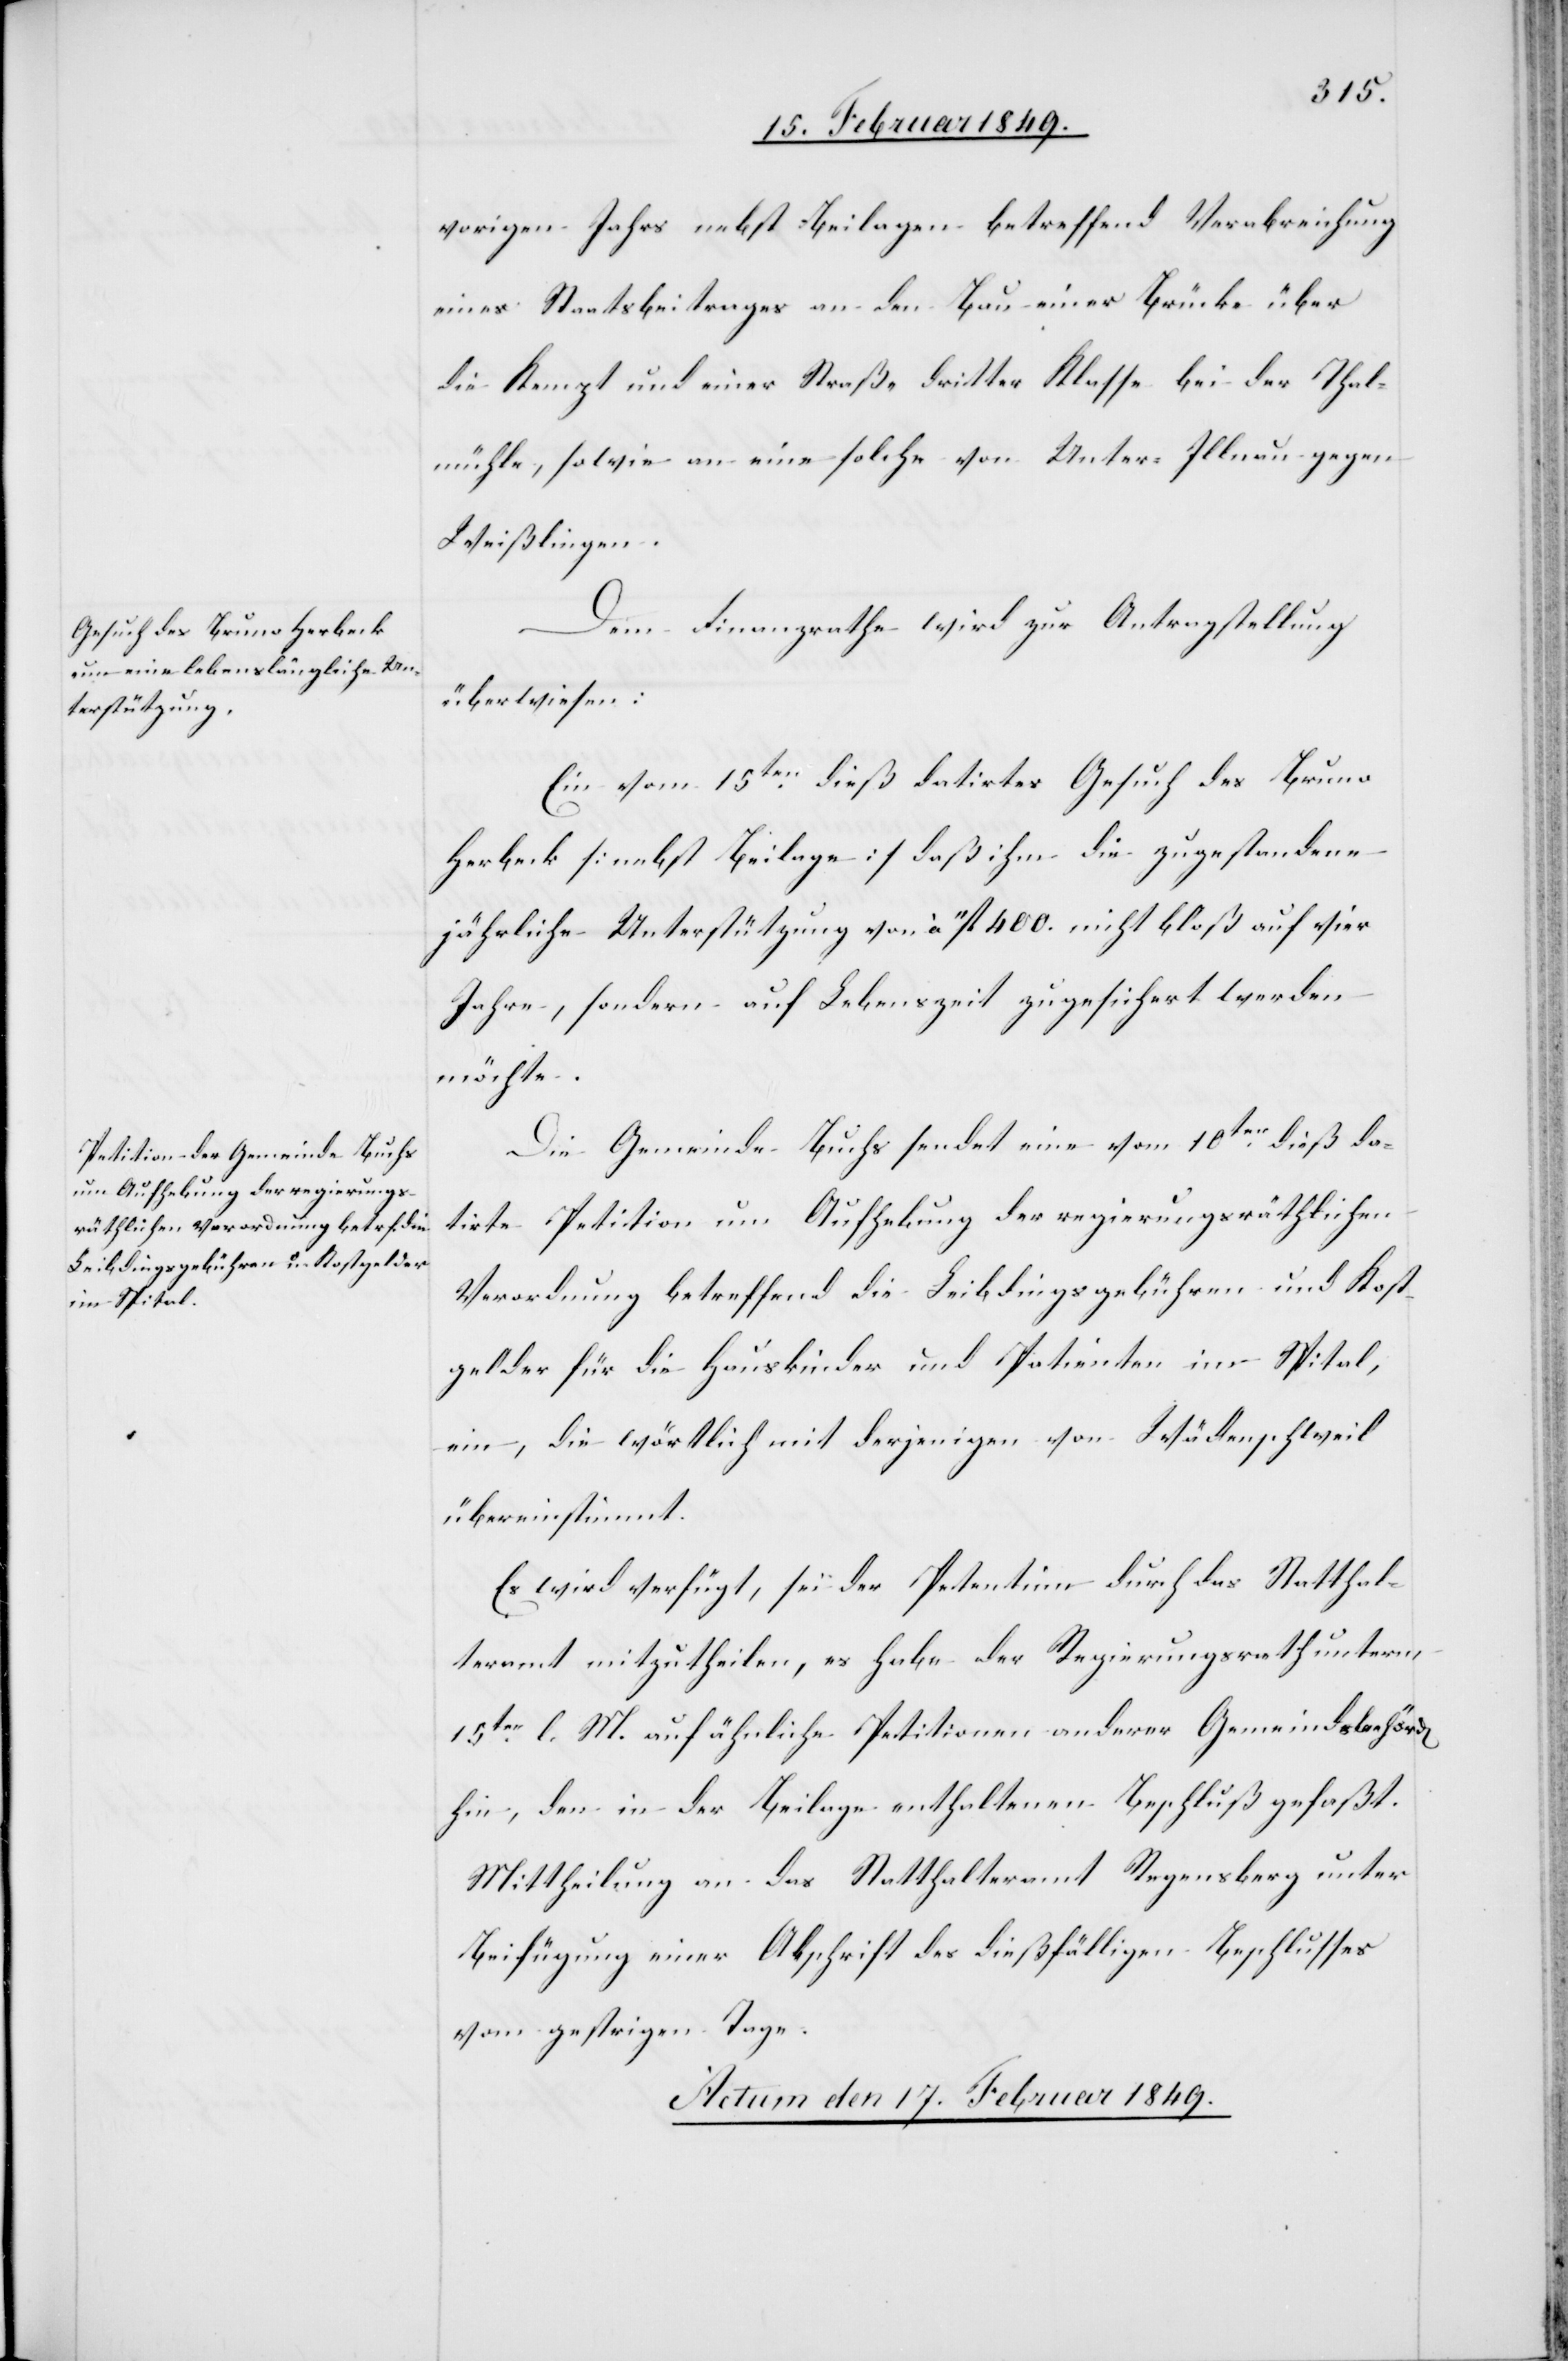
vorigen Jahrs nebst Beilagen betreffend Verabreichung
eines Staatsbeitrages an den Bau einer Brücke über
die Kempt und einer Straße dritter Klasse bei der Thal¬
mühle, sowie an eine solche von Unter-Illnau gegen
Weißlingen.
Dem Finanzrathe wird zur Antragstellung
überwiesen:
Ein vom 15ten. dieß datirtes Gesuch des Bruno
Herbeck [nebst Beilage] daß ihm die zugestandene
jährliche Unterstützung von à 11fl. 400. nicht bloß auf vier
d[en]
Jahre, sondern auf Lebenszeit zugesichert werden
möchte.
Die Gemeinde Buchs sendet eine vom 10ten. dieß da¬
tirte Petition um Aufhebung der regierungsräthlichen
Verordnung betreffend die Leibdingsgebühren und Kost¬
gelder für die Hauskinder und Patienten im Spital,
ein, die wörtlich mit derjenigen von Wädenschweil
übereinstimmt.
Es wird verfügt, sei der Petentinn durch das Statthal¬
teramt mitzutheilen, es habe der Regierungsrath unterm
15ten. l. M. auf ähnliche Petitionen anderer Gemeindsbehör¬
hin, den in der Beilage enthaltenen Beschluß gefaßt.
Mittheilung an das Statthalteramt Regensberg unter
Beifügung einer Abschrift des dießfälligen Beschlusses
vom gestrigen Tage.
Actum den 17. Februar 1849.